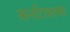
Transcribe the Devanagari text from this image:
कर्नाटकतक